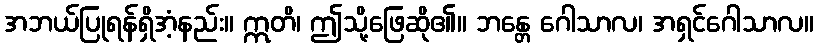
အဘယ်ပြုရန်ရှိအံ့နည်း။ ဣတိ၊ ဤသို့ဖြေဆို၏။ ဘန္တေ ဂေါသာလ၊ အရှင်ဂေါသာလ။